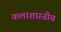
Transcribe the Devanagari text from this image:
कलाशास्त्रीय